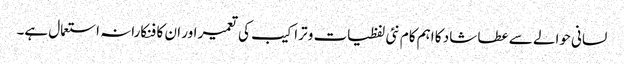
لسانی حوالے سے عطا شاد کا اہم کام نئی لفظیات و تراکیب کی تعمیر اور ان کا فنکارانہ استعمال ہے۔